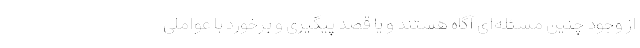
از وجود چنین مسئله‌ای آگاه هستند و یا قصد پیگیری و برخورد با عواملی